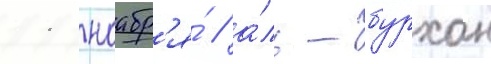
11 ноабр'я́ / а́ль-бурхан